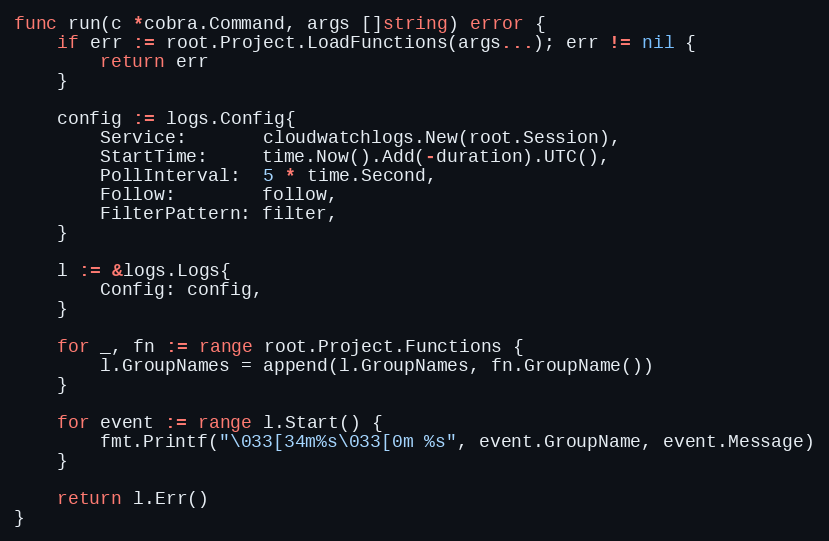
Language: Go
func run(c *cobra.Command, args []string) error {
	if err := root.Project.LoadFunctions(args...); err != nil {
		return err
	}

	config := logs.Config{
		Service:       cloudwatchlogs.New(root.Session),
		StartTime:     time.Now().Add(-duration).UTC(),
		PollInterval:  5 * time.Second,
		Follow:        follow,
		FilterPattern: filter,
	}

	l := &logs.Logs{
		Config: config,
	}

	for _, fn := range root.Project.Functions {
		l.GroupNames = append(l.GroupNames, fn.GroupName())
	}

	for event := range l.Start() {
		fmt.Printf("\033[34m%s\033[0m %s", event.GroupName, event.Message)
	}

	return l.Err()
}